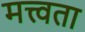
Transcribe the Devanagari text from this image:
मत्त्वता